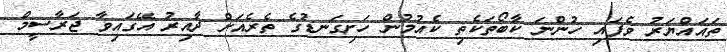
ތަޣައްޔަރު ވެފައި ހުންނަ ކާބޯތަކެތި ކެއުމުން ހަށިގަނޑުގެ ތެރެއަށް ދާއިރު އޭގައިވާ ޖަރާސީމް